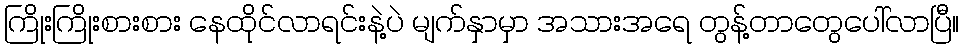
ကြိုးကြိုးစားစား နေထိုင်လာရင်းနဲ့ပဲ မျက်နှာမှာ အသားအရေ တွန့်တာတွေပေါ်လာပြီ။